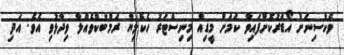
ވެކްސިނަށް އޯޑަރުކޮށްފައިވާ ކަމަށް މީޑިއާ މިނިސްޓަރު ހެކެލިޔާ ރަމްބުކްވެއްލާ ވިދާޅުވި އެވެ. އަދި